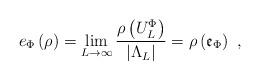
LaTeX: \begin{align*}e_{\Phi }\left( \rho \right) =\lim\limits_{L\rightarrow \infty }\frac{\rho\left( U_{L}^{\Phi }\right) }{\left\vert \Lambda _{L}\right\vert }=\rho\left( \mathfrak{e}_{\Phi }\right) \ , \end{align*}